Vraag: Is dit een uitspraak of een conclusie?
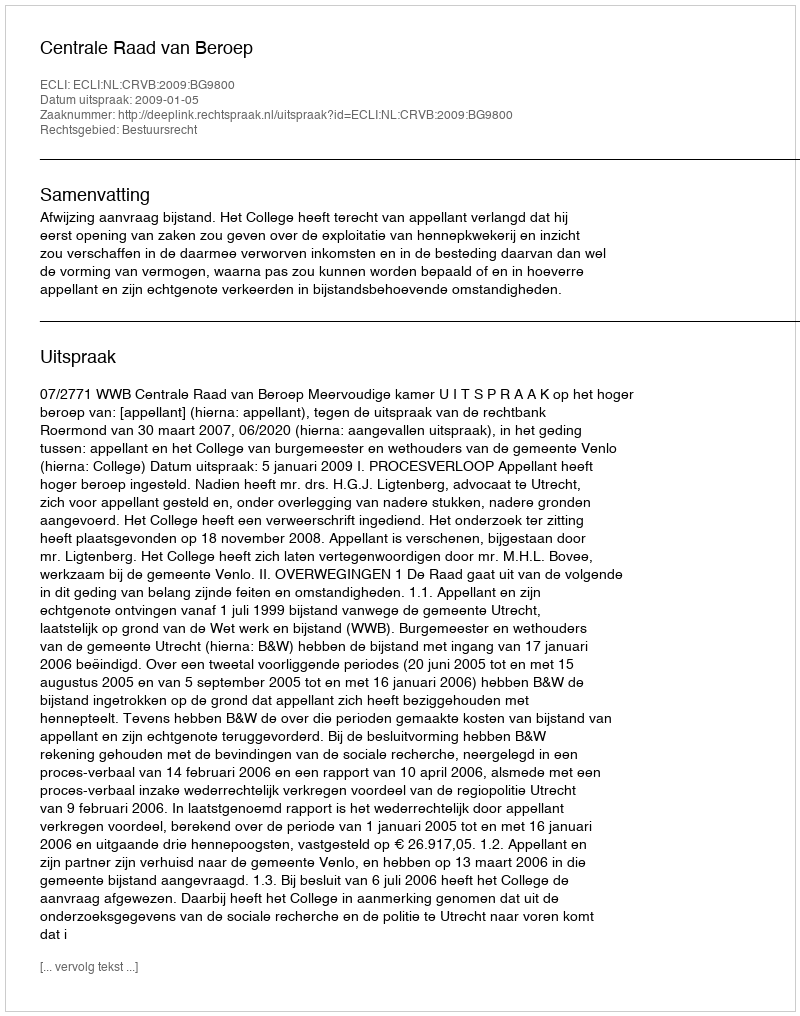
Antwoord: Uitspraak